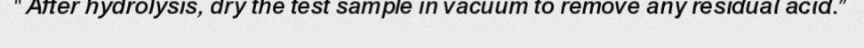
"After hydrolysis, dry the test sample in vacuum to remove any residual acid."